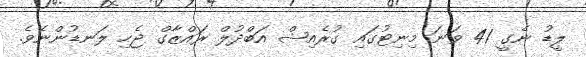
ލީޑު ނެގީ 41 ވަނަ މިނިޓުގައި ގުރެއިޝް އަބްދުލް ރައްޒާގް ޖެހި ލަނޑުންނެވެ.